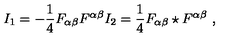
I _ { 1 } = - \frac { 1 } { 4 } F _ { { \alpha } { \beta } } F ^ { { \alpha } { \beta } } I _ { 2 } = \frac { 1 } { 4 } F _ { { \alpha } { \beta } } \star F ^ { { \alpha } { \beta } } \ ,